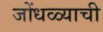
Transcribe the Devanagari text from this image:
जोंधळ्याची